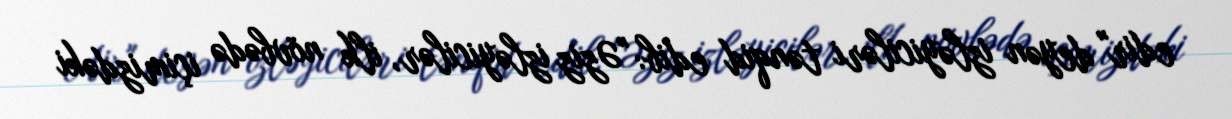
edir" deyən izləyiciləri tənqid edib: "Əziz izləyicilər, ilk növbədə içimizdəki